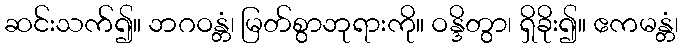
ဆင်းသက်၍။ ဘဂဝန္တံ၊ မြတ်စွာဘုရားကို။ ဝန္ဒိတွာ၊ ရှိခိုး၍။ ဧကမန္တံ၊